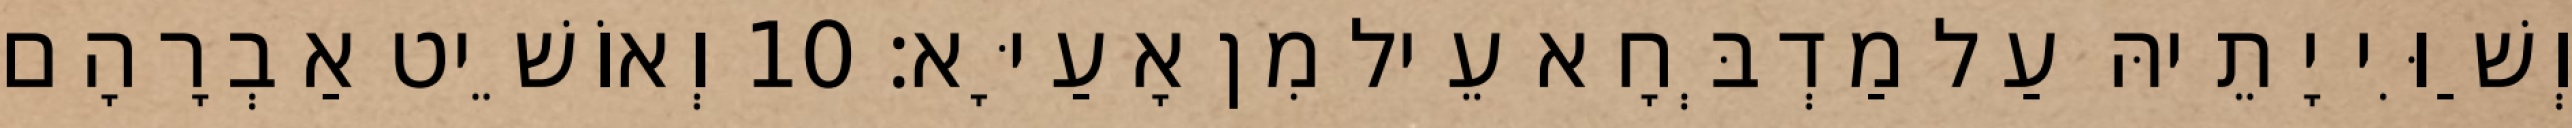
וְשַׁוִּי יָתֵיהּ עַל מַדְבְּחָא עֵיל מִן אָעַיָּא׃ 10 וְאוֹשֵׁיט אַבְרָהָם